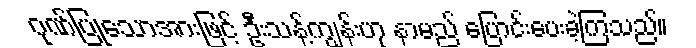
ဂုဏ်ပြုသောအားဖြင့် ဦးသန့်ကျွန်းဟု နာမည် ပြောင်းပေးခဲ့ကြသည်။